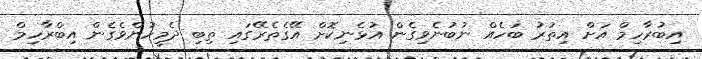
އިބުރާހިމް އަށް އިތުރު ބަހެއް ނުބުނެވިގެން އުޅެނިކޮށް އޭގެތެރޭގައި ތިބި ދެމީހުންވެގެން އިބްރާހިމް